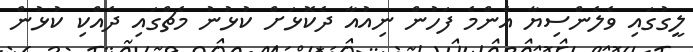
ލީގުގައި ވެލެންސިޔާ އެންމެ ފަހުން ނިއުއާ ދެކޮޅަށް ކުޅުނު މެޗްގައި ދެއްކި ކުޅުން